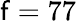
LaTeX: \mathsf{f}=77